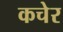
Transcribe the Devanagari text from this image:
कचेर